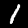
Digit: 1